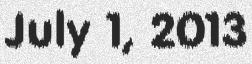
July 1, 2013